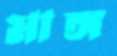
মাঙ্গ